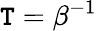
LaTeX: \mathtt{T}=\beta^{-1}